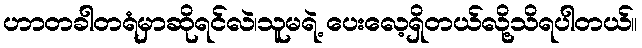
ဟာတခါတရံမှာဆိုရင်လဲ၊သူမရဲ့ ပေးလေ့ရှိတယ်လို့သိရပါတယ်။